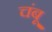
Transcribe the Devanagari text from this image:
चंबू